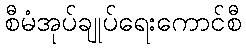
စီမံအုပ်ချုပ်ရေးကောင်စီ